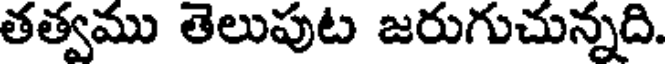
తత్వము తెలుపుట జరుగుచున్నది.